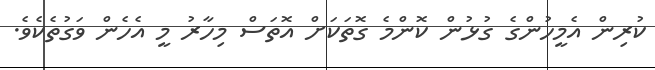
ކުރިން އެމީހުންގެ ގުޅުން ކޮންމެ ގޮތަކަށް އޮތަސް މިހާރު މީ އެހެން ވަގުތެކެވެ.